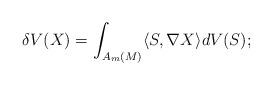
LaTeX: \begin{align*}\delta V(X)=\int_{A_m(M)}\langle S,\nabla X\rangle dV(S);\end{align*}